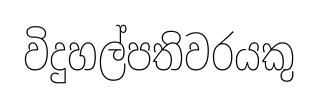
විදුහල්පතිවරයකු